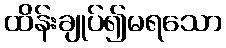
ထိန်းချုပ်၍မရသော